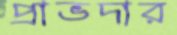
প্রাভদার